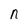
Character: n